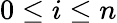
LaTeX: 0\leq i\leq n